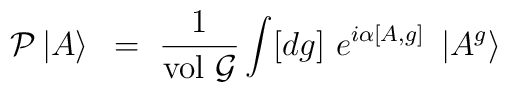
{\cal P}\left| A\right>~=~\frac{1}{\rm vol~{\cal G}}\int [dg] ~e^{i\alpha[A,g]}~\left| A^g \right>